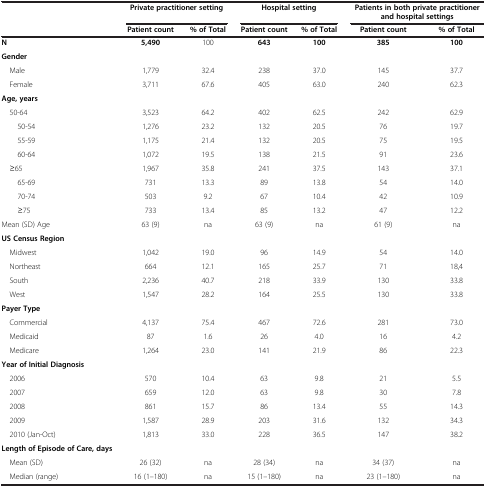
<table><thead><tr><td rowspan="2"><b> </b></td><td colspan="2"><b>Private practitioner setting</b></td><td colspan="2"><b>Hospital setting</b></td><td colspan="2"><b>Patients in both private practitioner and hospital settings</b></td></tr><tr><td><b>Patient count</b></td><td><b>% of Total</b></td><td><b>Patient count</b></td><td><b>% of Total</b></td><td><b>Patient count</b></td><td><b>% of Total</b></td></tr></thead><tbody><tr><td><b>N</b></td><td><b>5,490</b></td><td>100</td><td><b>643</b></td><td><b>100</b></td><td><b>385</b></td><td><b>100</b></td></tr><tr><td><b>Gender</b></td><td> </td><td> </td><td> </td><td> </td><td> </td><td> </td></tr><tr><td> Male</td><td>1,779</td><td>32.4</td><td>238</td><td>37.0</td><td>145</td><td>37.7</td></tr><tr><td> Female</td><td>3,711</td><td>67.6</td><td>405</td><td>63.0</td><td>240</td><td>62.3</td></tr><tr><td><b>Age, years</b></td><td> </td><td> </td><td> </td><td> </td><td> </td><td> </td></tr><tr><td> 50-64</td><td>3,523</td><td>64.2</td><td>402</td><td>62.5</td><td>242</td><td>62.9</td></tr><tr><td>50-54</td><td>1,276</td><td>23.2</td><td>132</td><td>20.5</td><td>76</td><td>19.7</td></tr><tr><td>55-59</td><td>1,175</td><td>21.4</td><td>132</td><td>20.5</td><td>75</td><td>19.5</td></tr><tr><td>60-64</td><td>1,072</td><td>19.5</td><td>138</td><td>21.5</td><td>91</td><td>23.6</td></tr><tr><td> ≥65</td><td>1,967</td><td>35.8</td><td>241</td><td>37.5</td><td>143</td><td>37.1</td></tr><tr><td>65-69</td><td>731</td><td>13.3</td><td>89</td><td>13.8</td><td>54</td><td>14.0</td></tr><tr><td>70-74</td><td>503</td><td>9.2</td><td>67</td><td>10.4</td><td>42</td><td>10.9</td></tr><tr><td>≥75</td><td>733</td><td>13.4</td><td>85</td><td>13.2</td><td>47</td><td>12.2</td></tr><tr><td>Mean (SD) Age</td><td>63 (9)</td><td>na</td><td>63 (9)</td><td>na</td><td>61 (9)</td><td>na</td></tr><tr><td><b>US Census Region</b></td><td> </td><td> </td><td> </td><td> </td><td> </td><td> </td></tr><tr><td> Midwest</td><td>1,042</td><td>19.0</td><td>96</td><td>14.9</td><td>54</td><td>14.0</td></tr><tr><td> Northeast</td><td>664</td><td>12.1</td><td>165</td><td>25.7</td><td>71</td><td>18,4</td></tr><tr><td> South</td><td>2,236</td><td>40.7</td><td>218</td><td>33.9</td><td>130</td><td>33.8</td></tr><tr><td> West</td><td>1,547</td><td>28.2</td><td>164</td><td>25.5</td><td>130</td><td>33.8</td></tr><tr><td><b>Payer Type</b></td><td> </td><td> </td><td> </td><td> </td><td> </td><td> </td></tr><tr><td> Commercial</td><td>4,137</td><td>75.4</td><td>467</td><td>72.6</td><td>281</td><td>73.0</td></tr><tr><td> Medicaid</td><td>87</td><td>1.6</td><td>26</td><td>4.0</td><td>16</td><td>4.2</td></tr><tr><td> Medicare</td><td>1,264</td><td>23.0</td><td>141</td><td>21.9</td><td>86</td><td>22.3</td></tr><tr><td><b>Year of Initial Diagnosis</b></td><td> </td><td> </td><td> </td><td> </td><td> </td><td> </td></tr><tr><td> 2006</td><td>570</td><td>10.4</td><td>63</td><td>9.8</td><td>21</td><td>5.5</td></tr><tr><td> 2007</td><td>659</td><td>12.0</td><td>63</td><td>9.8</td><td>30</td><td>7.8</td></tr><tr><td> 2008</td><td>861</td><td>15.7</td><td>86</td><td>13.4</td><td>55</td><td>14.3</td></tr><tr><td> 2009</td><td>1,587</td><td>28.9</td><td>203</td><td>31.6</td><td>132</td><td>34.3</td></tr><tr><td> 2010 (Jan-Oct)</td><td>1,813</td><td>33.0</td><td>228</td><td>36.5</td><td>147</td><td>38.2</td></tr><tr><td><b>Length of Episode of Care, days</b></td><td> </td><td> </td><td> </td><td> </td><td> </td><td> </td></tr><tr><td> Mean (SD)</td><td>26 (32)</td><td>na</td><td>28 (34)</td><td>na</td><td>34 (37)</td><td>na</td></tr><tr><td> Median (range)</td><td>16 (1–180)</td><td>na</td><td>15 (1–180)</td><td>na</td><td>23 (1–180)</td><td>na</td></tr></tbody></table>